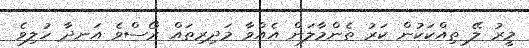
މީރު ލޭ ތިއްކަކުން ކަރު ތެންމާލަން އެއްވާ މަދިރިތައް ރޯސްވެ އަނދާ ހުލިވެ